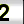
Digit: 2